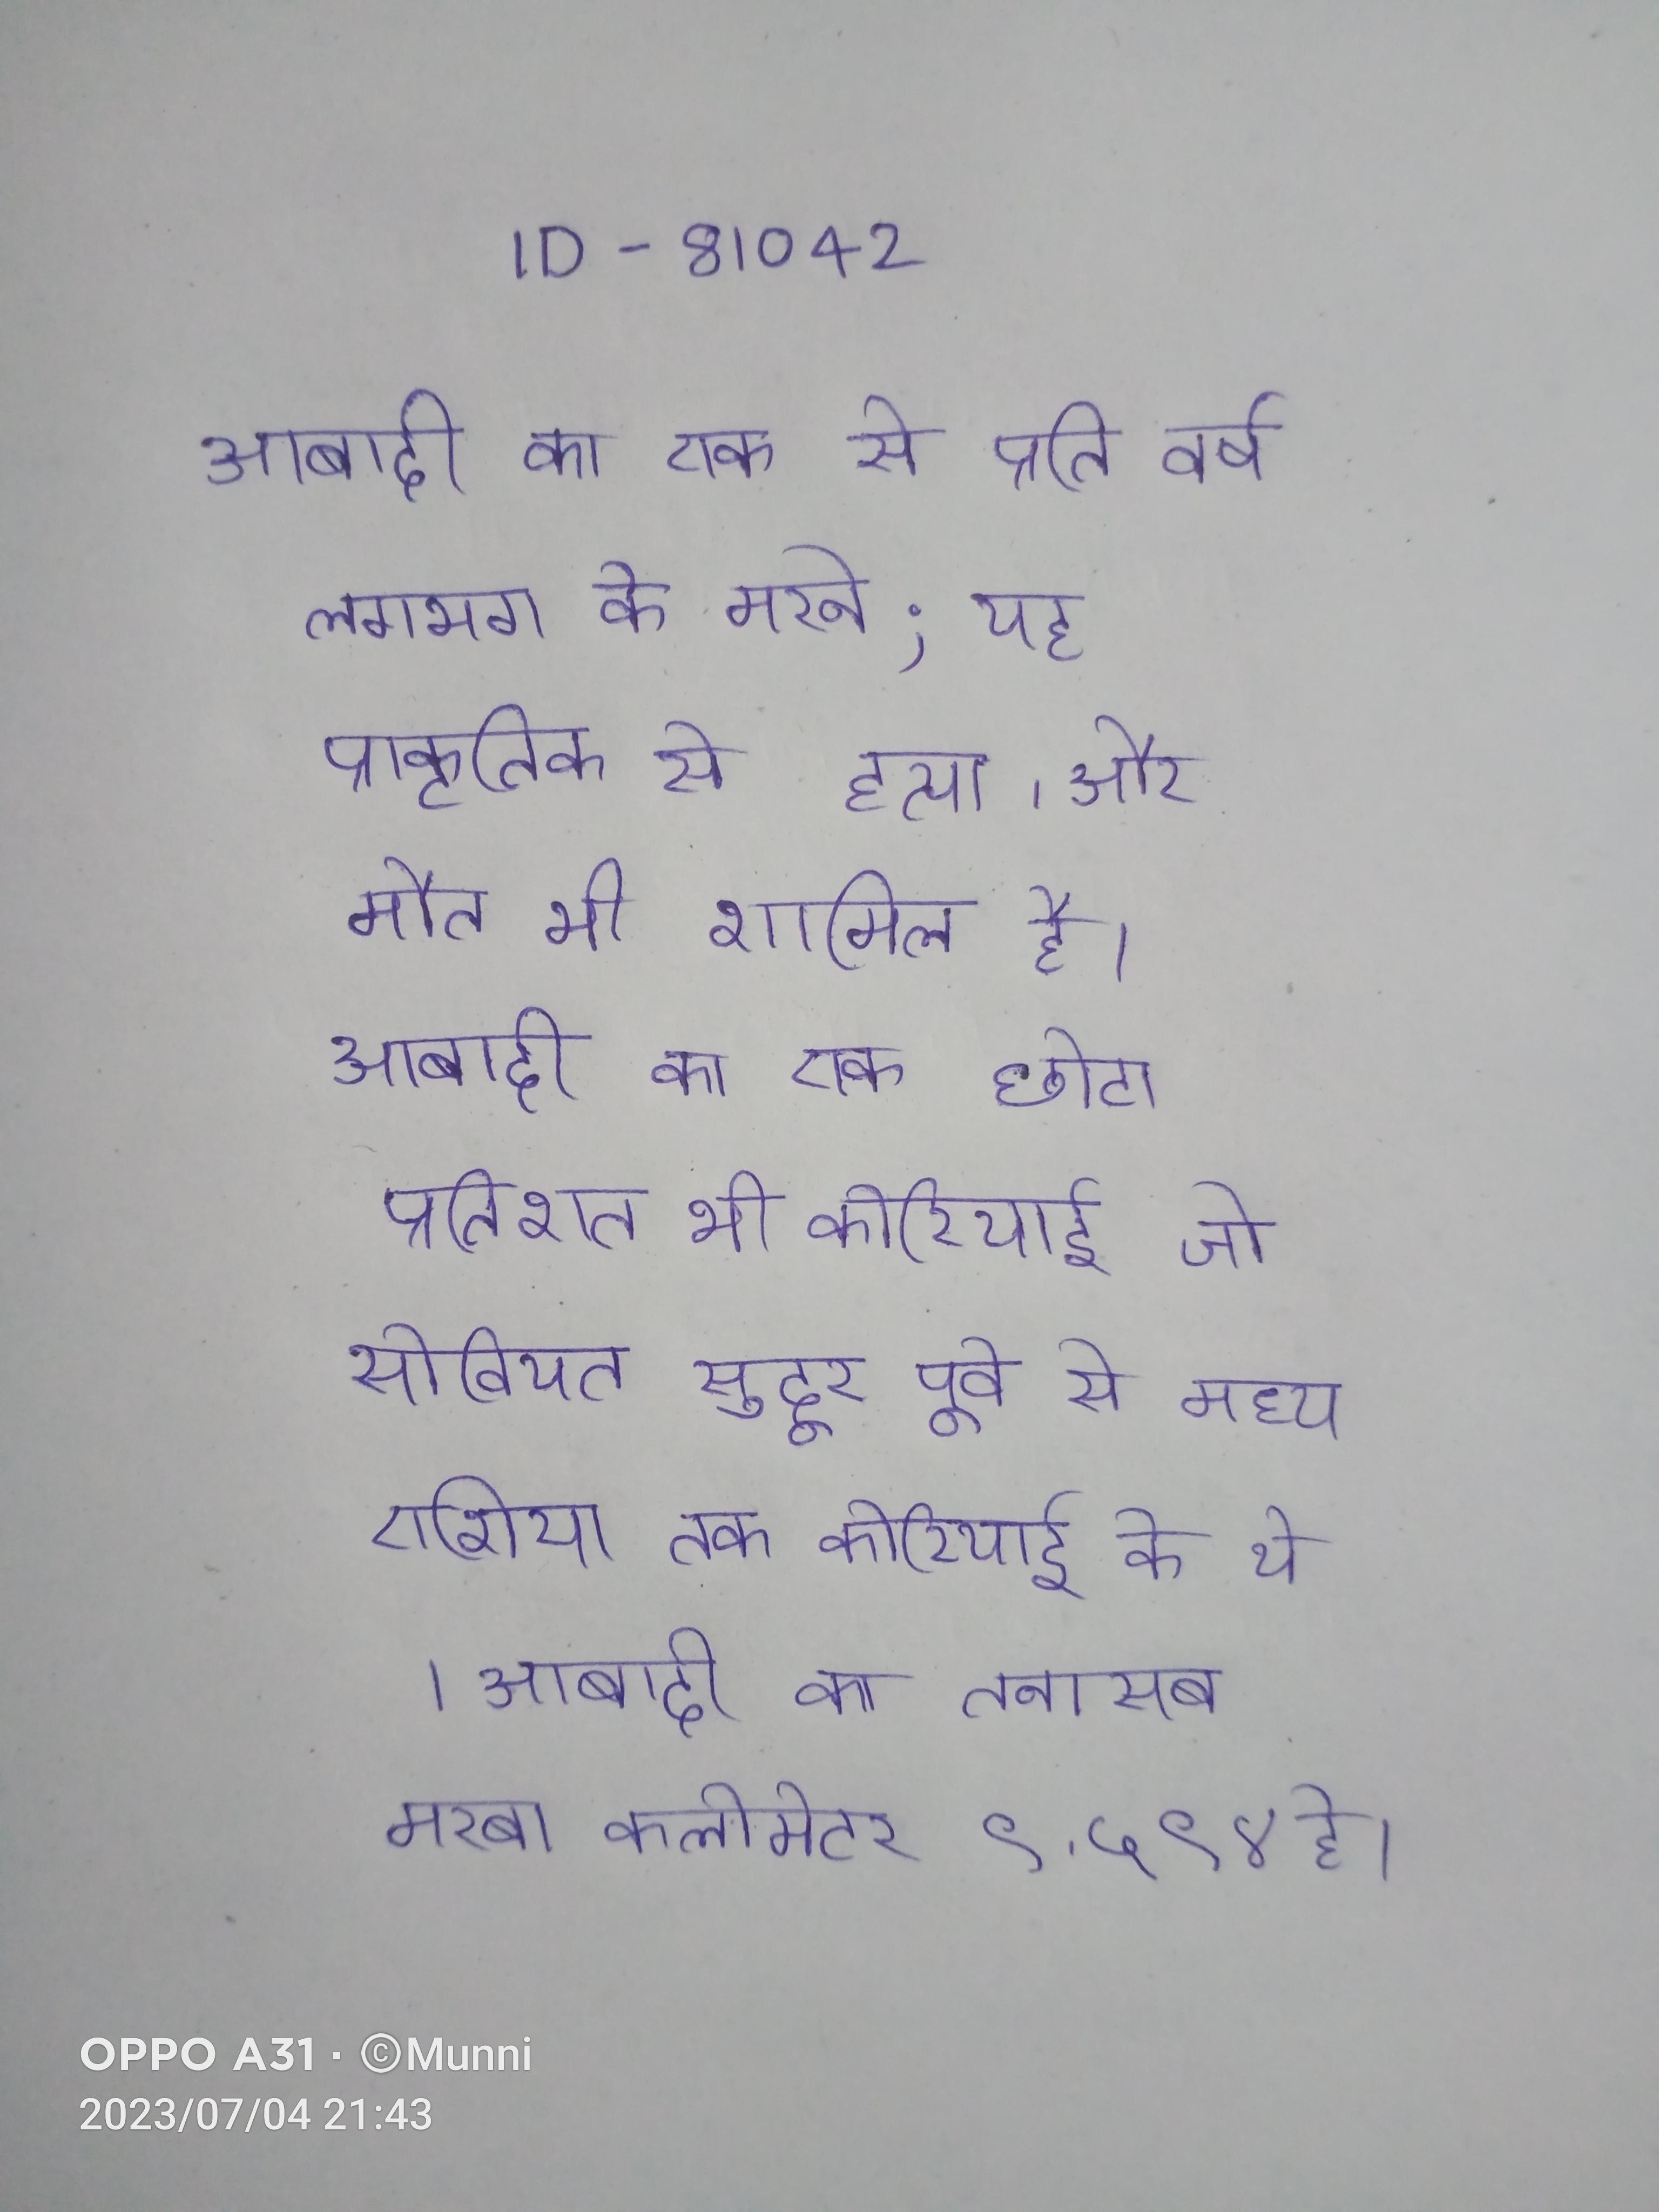
आबादी का एक से प्रति वर्ष लगभग के मरने; यह प्राकृतिक से हत्या, और मौत भी शामिल है । आबादी का एक छोटा प्रतिशत भी कोरियाई जो सोवियत सुदूर पूर्व से मध्य एशिया तक कोरियाई के थे । आबादी का तनासब मरबा कलोमेटर ९,५९४ हे ।